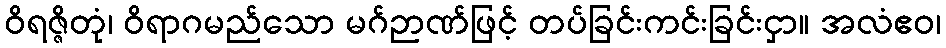
ဝိရဇ္ဇိတုံ၊ ဝိရာဂမည်သော မဂ်ဉာဏ်ဖြင့် တပ်ခြင်းကင်းခြင်းငှာ။ အလံဧဝ၊